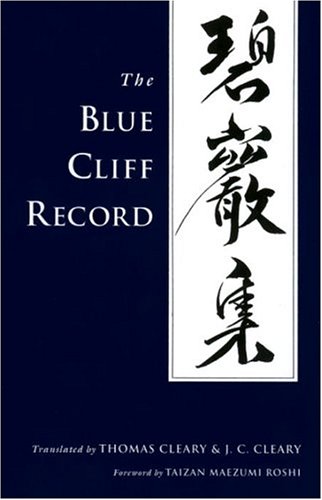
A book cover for The Blue Cliff Record; Religion & Spirituality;